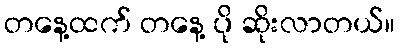
တနေ့ထက် တနေ့ ပို ဆိုးလာတယ်။